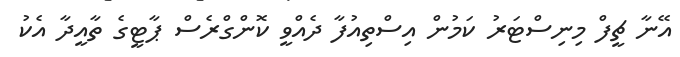
އޭނާ ޗީފް މިނިސްޓަރު ކަމުން އިސްތިއުފާ ދެއްވީ ކޮންގްރެސް ޕާޓީގެ ތާއީދާ އެކު